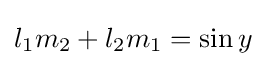
l_{1}m_{2}+l_{2}m_{1}=\sin y